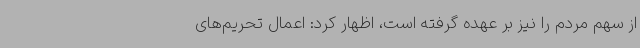
از سهم مردم را نیز بر عهده گرفته است، اظهار کرد: اعمال تحریم‌های